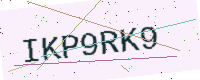
Text: IKP9RK9